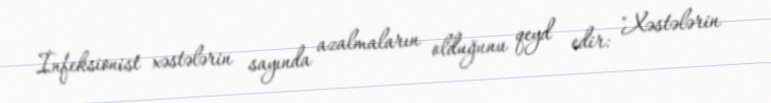
İnfeksionist xəstələrin sayında azalmaların olduğunu qeyd edir: "Xəstələrin